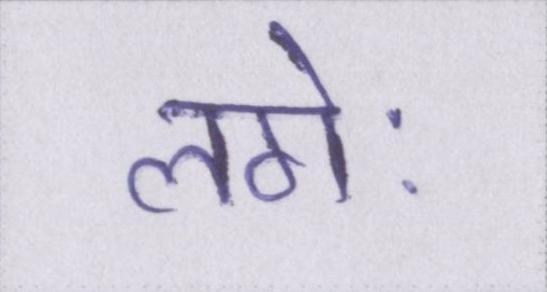
लगेः